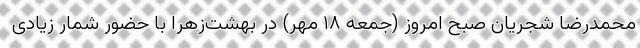
محمدرضا شجریان صبح امروز (جمعه ۱۸ مهر) در بهشت‌زهرا با حضور شمار زیادی